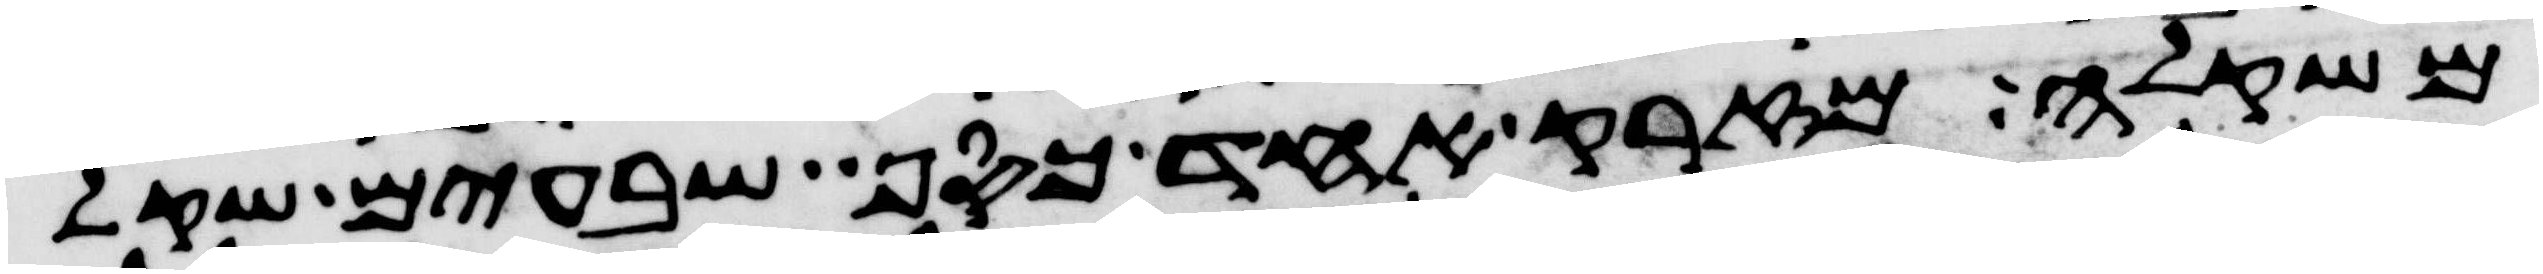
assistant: משקלה מזרק אחד כסף שבעים שקל